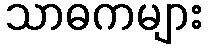
သာဓကများ